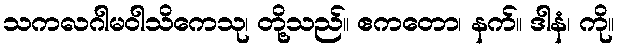
သကလဂါမဝါသိကေသု၊ တို့သည်။ ဧကတော၊ နက်။ ဒါနံ၊ ကို။